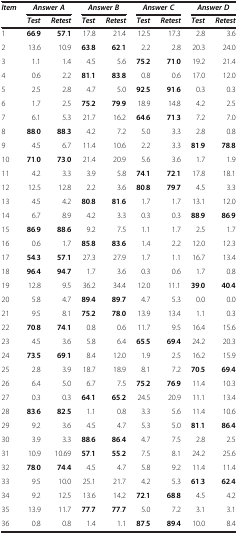
<table><thead><tr><td><b><i>Item</i></b></td><td colspan="2"><b><i>Answer A</i></b></td><td colspan="2"><b><i>Answer B</i></b></td><td colspan="2"><b><i>Answer C</i></b></td><td colspan="2"><b><i>Answer D</i></b></td></tr><tr><td><b> </b></td><td><b><i>Test</i></b></td><td><b><i>Retest</i></b></td><td><b><i>Test</i></b></td><td><b><i>Retest</i></b></td><td><b><i>Test</i></b></td><td><b><i>Retest</i></b></td><td><b><i>Test</i></b></td><td><b><i>Retest</i></b></td></tr></thead><tbody><tr><td>1</td><td><b>66</b>.<b>9</b></td><td><b>57</b>.<b>1</b></td><td>17.8</td><td>21.4</td><td>12.5</td><td>17.3</td><td>2.8</td><td>3.6</td></tr><tr><td>2</td><td>13.6</td><td>10.9</td><td><b>63</b>.<b>8</b></td><td><b>62</b>.<b>1</b></td><td>2.2</td><td>2.8</td><td>20.3</td><td>24.0</td></tr><tr><td>3</td><td>1.1</td><td>1.4</td><td>4.5</td><td>5.6</td><td><b>75</b>.<b>2</b></td><td><b>71</b>.<b>0</b></td><td>19.2</td><td>21.4</td></tr><tr><td>4</td><td>0.6</td><td>2.2</td><td><b>81</b>.<b>1</b></td><td><b>83</b>.<b>8</b></td><td>0.8</td><td>0.6</td><td>17.0</td><td>12.0</td></tr><tr><td>5</td><td>2.5</td><td>2.8</td><td>4.7</td><td>5.0</td><td><b>92</b>.<b>5</b></td><td><b>91</b>.<b>6</b></td><td>0.3</td><td>0.3</td></tr><tr><td>6</td><td>1.7</td><td>2.5</td><td><b>75</b>.<b>2</b></td><td><b>79</b>.<b>9</b></td><td>18.9</td><td>14.8</td><td>4.2</td><td>2.5</td></tr><tr><td>7</td><td>6.1</td><td>5.3</td><td>21.7</td><td>16.2</td><td><b>64</b>.<b>6</b></td><td><b>71</b>.<b>3</b></td><td>7.2</td><td>7.0</td></tr><tr><td>8</td><td><b>88</b>.<b>0</b></td><td><b>88</b>.<b>3</b></td><td>4.2</td><td>7.2</td><td>5.0</td><td>3.3</td><td>2.8</td><td>0.8</td></tr><tr><td>9</td><td>4.5</td><td>6.7</td><td>11.4</td><td>10.6</td><td>2.2</td><td>3.3</td><td><b>81</b>.<b>9</b></td><td><b>78</b>.<b>8</b></td></tr><tr><td>10</td><td><b>71</b>.<b>0</b></td><td><b>73</b>.<b>0</b></td><td>21.4</td><td>20.9</td><td>5.6</td><td>3.6</td><td>1.7</td><td>1.9</td></tr><tr><td>11</td><td>4.2</td><td>3.3</td><td>3.9</td><td>5.8</td><td><b>74</b>.<b>1</b></td><td><b>72</b>.<b>1</b></td><td>17.8</td><td>18.1</td></tr><tr><td>12</td><td>12.5</td><td>12.8</td><td>2.2</td><td>3.6</td><td><b>80</b>.<b>8</b></td><td><b>79</b>.<b>7</b></td><td>4.5</td><td>3.3</td></tr><tr><td>13</td><td>4.5</td><td>4.2</td><td><b>80</b>.<b>8</b></td><td><b>81</b>.<b>6</b></td><td>1.7</td><td>1.7</td><td>13.1</td><td>12.0</td></tr><tr><td>14</td><td>6.7</td><td>8.9</td><td>4.2</td><td>3.3</td><td>0.3</td><td>0.3</td><td><b>88</b>.<b>9</b></td><td><b>86</b>.<b>9</b></td></tr><tr><td>15</td><td><b>86</b>.<b>9</b></td><td><b>88</b>.<b>6</b></td><td>9.2</td><td>7.5</td><td>1.1</td><td>1.7</td><td>2.5</td><td>1.7</td></tr><tr><td>16</td><td>0.6</td><td>1.7</td><td><b>85</b>.<b>8</b></td><td><b>83</b>.<b>6</b></td><td>1.4</td><td>2.2</td><td>12.0</td><td>12.3</td></tr><tr><td>17</td><td><b>54</b>.<b>3</b></td><td><b>57</b>.<b>1</b></td><td>27.3</td><td>27.9</td><td>1.7</td><td>1.1</td><td>16.7</td><td>13.4</td></tr><tr><td>18</td><td><b>96</b>.<b>4</b></td><td><b>94</b>.<b>7</b></td><td>1.7</td><td>3.6</td><td>0.3</td><td>0.6</td><td>1.7</td><td>0.8</td></tr><tr><td>19</td><td>12.8</td><td>9.5</td><td>36.2</td><td>34.4</td><td>12.0</td><td>11.1</td><td><b>39</b>.<b>0</b></td><td><b>40</b>.<b>4</b></td></tr><tr><td>20</td><td>5.8</td><td>4.7</td><td><b>89</b>.<b>4</b></td><td><b>89</b>.<b>7</b></td><td>4.7</td><td>5.3</td><td>0.0</td><td>0.0</td></tr><tr><td>21</td><td>9.5</td><td>8.1</td><td><b>75</b>.<b>2</b></td><td><b>78</b>.<b>0</b></td><td>13.9</td><td>13.4</td><td>1.1</td><td>0.3</td></tr><tr><td>22</td><td><b>70</b>.<b>8</b></td><td><b>74</b>.<b>1</b></td><td>0.8</td><td>0.6</td><td>11.7</td><td>9.5</td><td>16.4</td><td>15.6</td></tr><tr><td>23</td><td>4.5</td><td>3.6</td><td>5.8</td><td>6.4</td><td><b>65</b>.<b>5</b></td><td><b>69</b>.<b>4</b></td><td>24.2</td><td>20.3</td></tr><tr><td>24</td><td><b>73</b>.<b>5</b></td><td><b>69</b>.<b>1</b></td><td>8.4</td><td>12.0</td><td>1.9</td><td>2.5</td><td>16.2</td><td>15.9</td></tr><tr><td>25</td><td>2.8</td><td>3.9</td><td>18.7</td><td>18.9</td><td>8.1</td><td>7.2</td><td><b>70</b>.<b>5</b></td><td><b>69</b>.<b>4</b></td></tr><tr><td>26</td><td>6.4</td><td>5.0</td><td>6.7</td><td>7.5</td><td><b>75</b>.<b>2</b></td><td><b>76</b>.<b>9</b></td><td>11.4</td><td>10.3</td></tr><tr><td>27</td><td>0.3</td><td>0.3</td><td><b>64</b>.<b>1</b></td><td><b>65</b>.<b>2</b></td><td>24.5</td><td>20.9</td><td>11.1</td><td>13.4</td></tr><tr><td>28</td><td><b>83</b>.<b>6</b></td><td><b>82</b>.<b>5</b></td><td>1.1</td><td>0.8</td><td>3.3</td><td>5.6</td><td>11.4</td><td>10.6</td></tr><tr><td>29</td><td>9.2</td><td>3.6</td><td>4.5</td><td>4.7</td><td>5.3</td><td>5.0</td><td><b>81</b>.<b>1</b></td><td><b>86</b>.<b>4</b></td></tr><tr><td>30</td><td>3.9</td><td>3.3</td><td><b>88</b>.<b>6</b></td><td><b>86</b>.<b>4</b></td><td>4.7</td><td>7.5</td><td>2.8</td><td>2.5</td></tr><tr><td>31</td><td>10.9</td><td>10.69</td><td><b>57</b>.<b>1</b></td><td><b>55</b>.<b>2</b></td><td>7.5</td><td>8.1</td><td>24.2</td><td>25.6</td></tr><tr><td>32</td><td><b>78</b>.<b>0</b></td><td><b>74</b>.<b>4</b></td><td>4.5</td><td>4.7</td><td>5.8</td><td>9.2</td><td>11.4</td><td>11.4</td></tr><tr><td>33</td><td>9.5</td><td>10.0</td><td>25.1</td><td>21.7</td><td>4.2</td><td>5.3</td><td><b>61</b>.<b>3</b></td><td><b>62</b>.<b>4</b></td></tr><tr><td>34</td><td>9.2</td><td>12.5</td><td>13.6</td><td>14.2</td><td><b>72</b>.<b>1</b></td><td><b>68</b>.<b>8</b></td><td>4.5</td><td>4.2</td></tr><tr><td>35</td><td>13.9</td><td>11.7</td><td><b>77</b>.<b>7</b></td><td><b>77</b>.<b>7</b></td><td>5.0</td><td>7.2</td><td>3.1</td><td>3.1</td></tr><tr><td>36</td><td>0.8</td><td>0.8</td><td>1.4</td><td>1.1</td><td><b>87</b>.<b>5</b></td><td><b>89</b>.<b>4</b></td><td>10.0</td><td>8.4</td></tr></tbody></table>